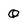
Character: Q